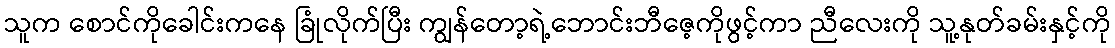
သူက စောင်ကိုခေါင်းကနေ ခြုံလိုက်ပြီး ကျွန်တော့ရဲ့ဘောင်းဘီဇေ့ကိုဖွင့်ကာ ညီလေးကို သူ့နုတ်ခမ်းနှင့်ကို